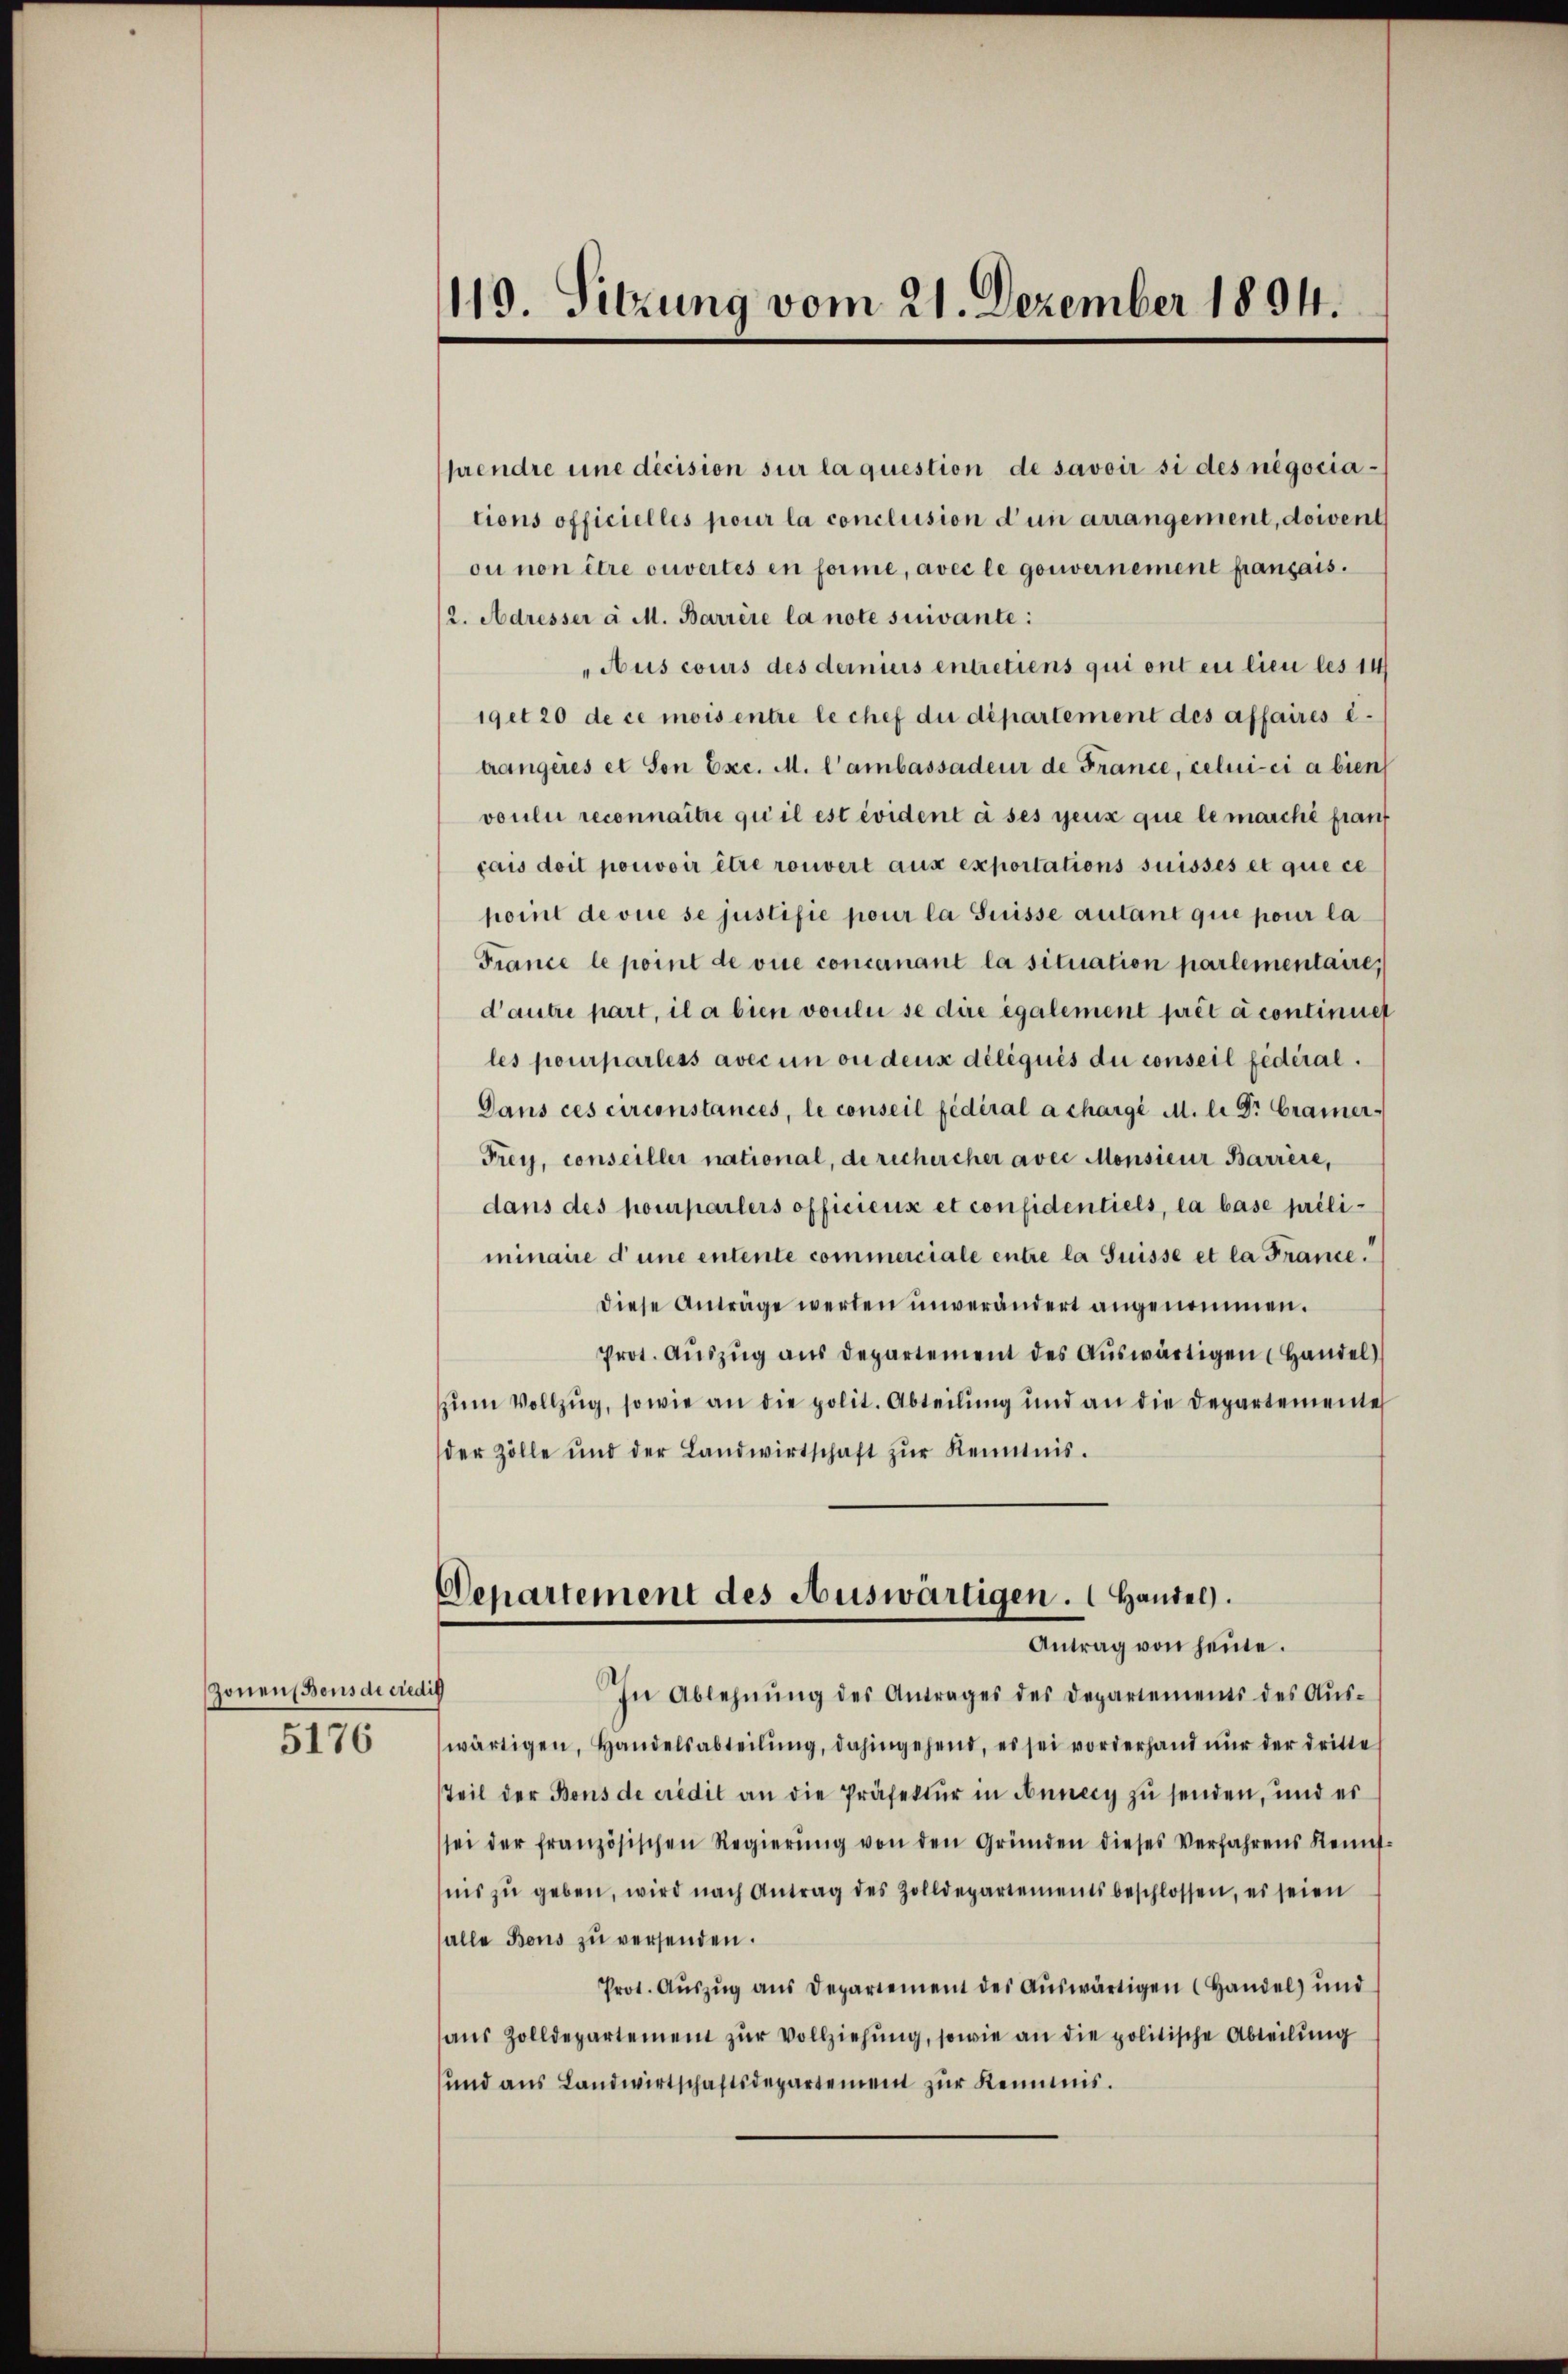
Zonen Bons de riedig

5176

119. Sitzung vom 21. Dezember 1894.

Denartement des Auswärtigen.  Handel.
Antrag von heute.

prendre eine décision sur la question de savoir si des negociations officielles pour la conclusion d’un arrangement, doivent
ou non être ouvertes en forme, avec le gouvernement français.
(2. Adresser a M. Barrère la note suivante:
Aus cours des demniers entretiens qui ont en lieu les 14
19 et 20 de ce mois entre le chef du département des affaires e
trangères et Son Exc. M. lambassadeur de France, celui-ci a bien
voulii reconnaitre qui il est évident à ses geux que le marche frauf
cais doit pouvoir être rouvert aux exportations suisses et que ce
point devie se justifie pour la Suisse autant que pour la
France le point de vie concernant la situation parlementaire,
d’autre part, il a bien voulii se dire également prét a continuer
les pourparléss avec un ou deux déléqués du conseil fédéral.
Dans ces circonstances, le conseil fédéral a chargi M. li Dr. Cramer-
Frey, conseiller national, de rechercher avec Monsieur Barrèse,
dans des pourparlers officieux et confidentiels, la base préliminaire d’une entente commerciale entre la Suisse et la France.
diese Anträge werden unverändert angenommen.
Prot. Aŭszŭg aŭs departement des Aŭswärtigen (Handel)
zŭm Vollzug, sowie an die polit. Abteilung und an die Departemente
der Zölle und der Landwirtschaft zŭr Kenntnis.

In Ablehnŭng des Antrages des Departements des Aŭs-
wärtigen, Handelsabteilŭng, dahingehend, es sei vorderhand nur der dritte
Teil der Bons de credit an die Präfektur in Annecy zu senden, und er
sei der französischen Regierŭng von den Gründen dieses Verfahrens Kennt-
nis zŭ geben, wird nach Antrag des Zolldepartements beschlossen, es seien
alle Bons zu versenden.
Prot. Auszug aus Departement des Auswärtigen (Handel) und
aŭs Zolldepartement zŭr Vollziehung, sowie an die politische Abteilung
und ans Landwirtschaftsdepartement zŭr Kenntnis.